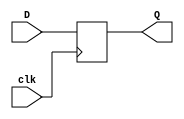


module flip_flop_2(
    output reg [1:0] Q,
    input [1:0] D,
    input clk
    );

always@(posedge clk)
begin
	Q <= D;
end
endmodule